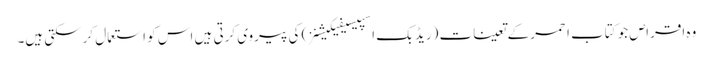
وہ اقراص جو کتاب احمر کے تعینات (ریڈ بک اسپیسیفیکیشنز) کی پیروی کرتی ہیں اس کو استعمال کرسکتی ہیں۔